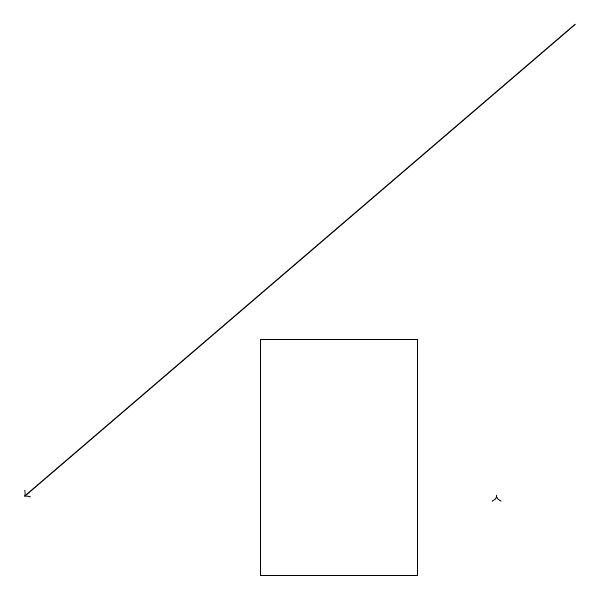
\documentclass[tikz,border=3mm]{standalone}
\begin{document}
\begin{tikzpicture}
\draw (5,12) rectangle (3,15);
\draw[->] (7,19) -- (0,13);
\draw[->] (6,13) -- (6,13);
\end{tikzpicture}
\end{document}